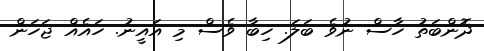
ދޮންބަތު ހާސް ނުވެ ބަލަ. ހިބާ ވެސް މި އައީނު. ހައެއް ޖަހަން